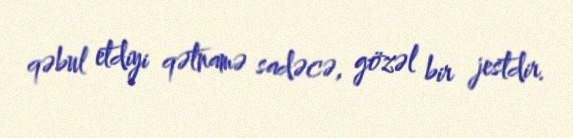
qəbul etdiyi qətnamə sadəcə, gözəl bir jestdir.